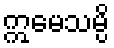
ဣမေသမ္ပိ